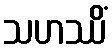
သဟဿိံ